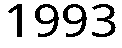
1993